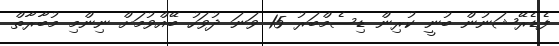
ފެޑެރޭޝަނުން ބުނީ ކުރިން ޑިސެމްބަރު 15 ވަނަ ދުވަހު ބޭއްވުމަށް ނިންމި މުބާރާތް